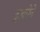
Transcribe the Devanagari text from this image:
द्राकोने